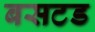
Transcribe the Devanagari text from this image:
बसटड